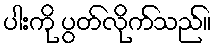
ပါးကို ပွတ်လိုက်သည်။